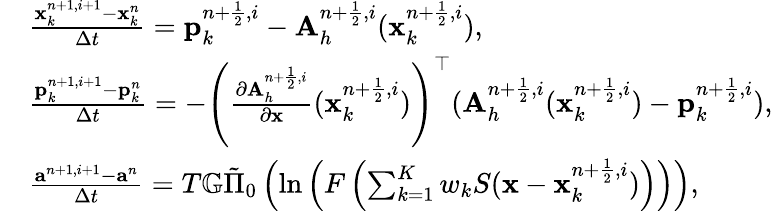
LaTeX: \begin{array}{rl}&{\frac{{\mathbf x}_{k}^{n+1,i+1}-{\mathbf x}_{k}^{n}}{\Delta t}={\mathbf p}_{k}^{n+\frac{1}{2},i}-{\mathbf A}_{h}^{n+\frac{1}{2},i}({\mathbf x}_{k}^{n+\frac{1}{2},i}),}\\ &{\frac{{\mathbf p}_{k}^{n+1,i+1}-{\mathbf p}_{k}^{n}}{\Delta t}=-\left(\frac{\partial{\mathbf A}_{h}^{n+\frac{1}{2},i}}{\partial\mathbf x}({\mathbf x}_{k}^{n+\frac{1}{2},i})\right)^{\top}({\mathbf A}_{h}^{n+\frac{1}{2},i}({\mathbf x}_{k}^{n+\frac{1}{2},i})-{\mathbf p}_{k}^{n+\frac{1}{2},i}),}\\ &{\frac{{\mathbf a}^{n+1,i+1}-{\mathbf a}^{n}}{\Delta t}=T\mathbb{G}\tilde{\Pi}_{0}\left(\ln\left(F\left(\sum_{k=1}^{K}w_{k}S({\mathbf x}-{\mathbf x}_{k}^{n+\frac{1}{2},i})\right)\right)\right),}\end{array}